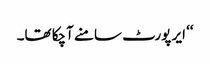
‘‘ ایر پورٹ سامنے آچکا تھا۔